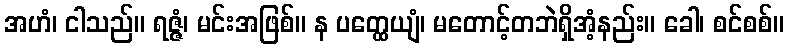
အဟံ၊ ငါသည်။ ရဇ္ဇံ၊ မင်းအဖြစ်။ န ပတ္ထေယျံ၊ မတောင့်တဘဲရှိအံ့နည်း။ ခေါ၊ စင်စစ်။